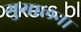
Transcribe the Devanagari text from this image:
गुगालना